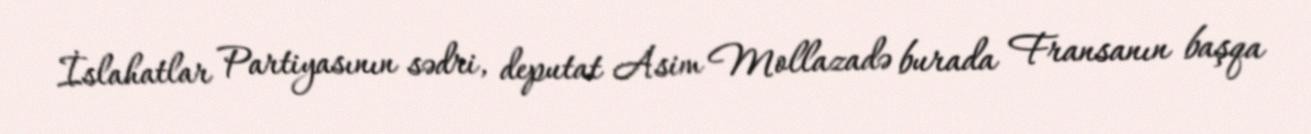
İslahatlar Partiyasının sədri, deputat Asim Mollazadə burada Fransanın başqa